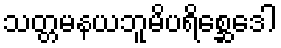
သတ္တမနယဘူမိပရိစ္ဆေဒေါ